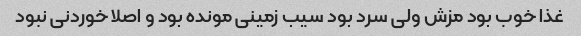
غذا خوب بود مزش ولی سرد بود سیب زمینی مونده بود و اصلا خوردنی نبود